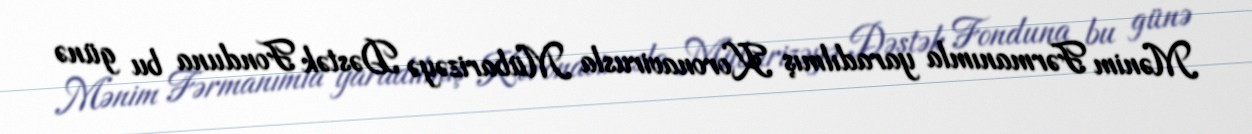
Mənim Fərmanımla yaradılmış Koronavirusla Mübarizəyə Dəstək Fonduna bu günə